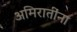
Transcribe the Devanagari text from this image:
अमिरातींना